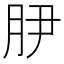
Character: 𭨭